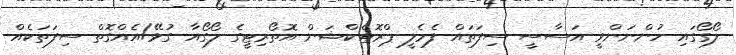
ލޯގޯގައި ހުންނަންވީ އަސާސީ ސިފަތައް ފެމެލީ ޕްރޮޓެކްޝަން އޮތޯރިޓީގެ ލޯގޯއާ ގުޅޭ/އެއްގޮތް ސިފަތަކެއް